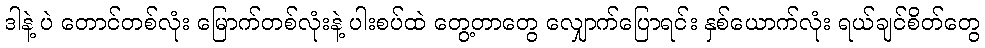
ဒါနဲ့ ပဲ တောင်တစ်လုံး မြောက်တစ်လုံးနဲ့ ပါးစပ်ထဲ တွေ့တာတွေ လျှောက်ပြောရင်း နှစ်ယောက်လုံး ရယ်ချင်စိတ်တွေ